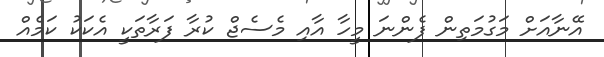
އޭނާއަށް މަގުމަތިން ފެންނަ މީހާ އާއި މެސެޖް ކުރާ ފަރާތަކީ އެކަކު ކަމެއް